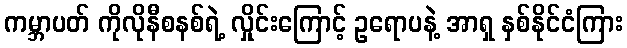
ကမ္ဘာပတ် ကိုလိုနီစနစ်ရဲ့ လှိုင်းကြောင့် ဥရောပနဲ့ အာရှ နှစ်နိုင်ငံကြား